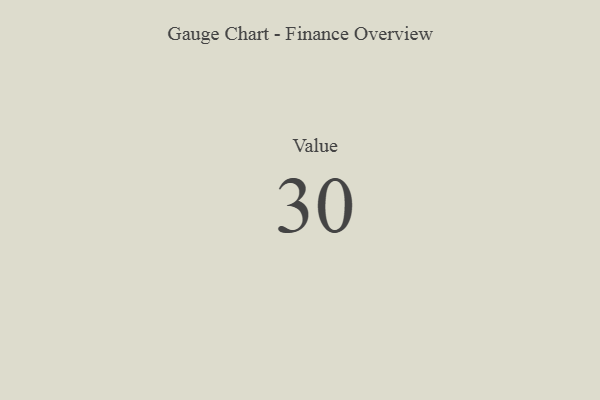
{"axis": {"x": "Metric", "y": "Value"}, "legend": [""], "data": [{"x": "Value", "y": 30, "type": ""}]}